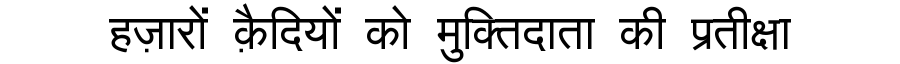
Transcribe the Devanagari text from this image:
हज़ारों क़ैदियों को मुक्तिदाता की प्रतीक्षा